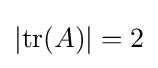
|\mathrm {tr} (A)|=2